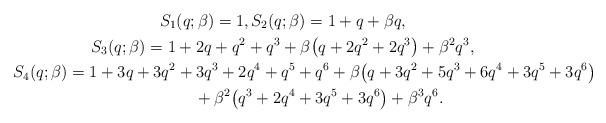
LaTeX: \begin{gather*}S_1(q;\beta)=1, S_2(q;\beta)=1+q+\beta q,\\S_3(q;\beta)=1+2 q+q^2+q^3+\beta \big(q+2q^2+2q^3\big )+\beta^2 q^3,\\S_4(q;\beta)=1+3q+3q^2+3q^3+2q^4+q^5+q^6+\beta\big(q+3q^2+5q^3+6q^4+3q^5+3q^6\big)\\\hphantom{S_4(q;\beta)=}{} + \beta^2\big(q^3+2q^4+3q^5+3q^6\big)+\beta^3 q^6.\end{gather*}